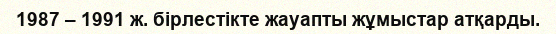
1987 – 1991 ж. бірлестікте жауапты жұмыстар атқарды.